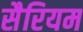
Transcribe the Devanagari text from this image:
सैरियम